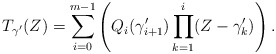
\begin{align*}T_{\gamma'}(Z) = \sum_{i=0}^{m-1}\left(Q_i(\gamma_{i+1}')\prod_{k=1}^{i} (Z -\gamma_k')\right).\end{align*}